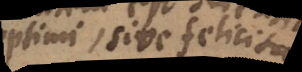
optimi, sive felicitatis;